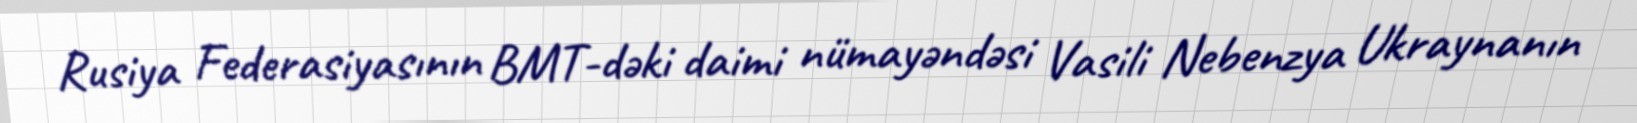
Rusiya Federasiyasının BMT-dəki daimi nümayəndəsi Vasili Nebenzya Ukraynanın